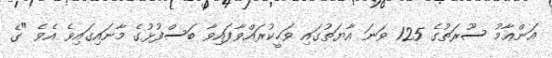
އަންޢާމު ސޫރަތުގެ 125 ވަނަ އާޔަތުގައި ވަޙީކުރައްވާފައިވާ ބަސްފުޅުގެ މާނައިގައިވެ އެވެ "ގެ